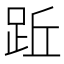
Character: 䟬